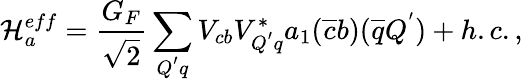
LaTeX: {\cal H}_{a}^{eff}=\frac{G_{F}}{\sqrt{2}}\sum_{Q^{'}q}V_{cb}V_{Q^{'}q}^{*}a_{1}(\overline{{{c}}}b)(\overline{{{q}}}Q^{'})+h.c.,